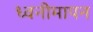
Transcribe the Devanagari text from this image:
ध्वनीमापन